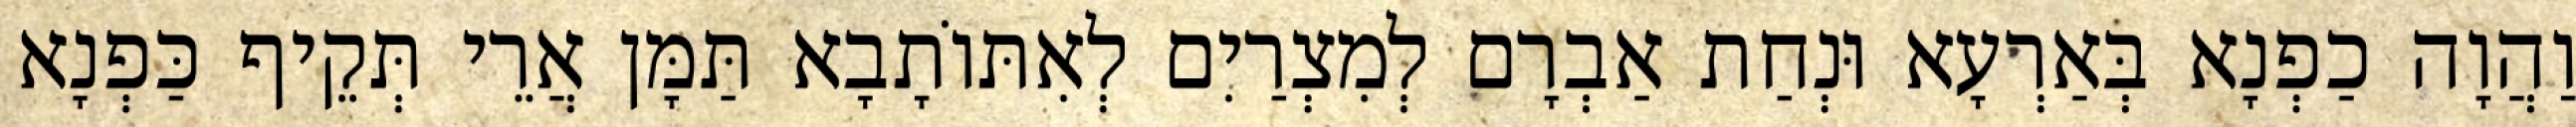
וַהֲוָה כַפְנָא בְּאַרְעָא וּנְחַת אַבְרָם לְמִצְרַיִם לְאִתּוֹתָבָא תַּמָּן אֲרֵי תְּקֵיף כַּפְנָא